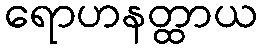
ရောဟနတ္ထာယ